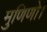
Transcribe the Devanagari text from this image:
मुणिणो।